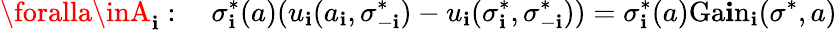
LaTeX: \foralla\inA_{\mathbf{i}}:\quad\sigma_{\mathbf{i}}^{*}(a)(u_{\mathbf{i}}(a_{\mathbf{i}},\sigma_{-\mathbf{i}}^{*})-u_{\mathbf{i}}(\sigma_{\mathbf{i}}^{*},\sigma_{-\mathbf{i}}^{*}))=\sigma_{\mathbf{i}}^{*}(a){\mathrm{{Ga\mathbf{i}n}}}_{\mathbf{i}}(\sigma^{*},a)